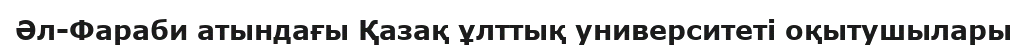
Әл-Фараби атындағы Қазақ ұлттық университеті оқытушылары